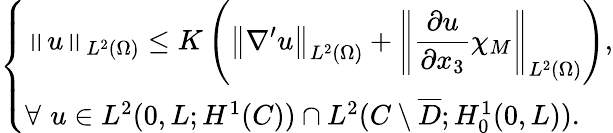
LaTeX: \left\{ \begin{array}{ll}{\displaystyle\left\| u\right\| _{L^{2}(\Omega)}\leq K\left(\left\| \nabla^{\prime}u\right\| _{L^{2}(\Omega)}+\left\| \frac{\partial u}{\partial x_{3}}\chi_{M}\right\| _{L^{2}(\Omega)}\right),}\\ {\forall\, \, u\in L^{2}(0,L;H^{1}(C))\cap L^{2}(C\setminus\overline{D};H_{0}^{1}(0,L)).}\end{array}\right.